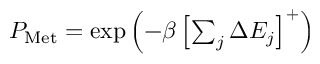
\begin{array} { r } { P _ { \mathrm { M e t } } = \exp \left( - \beta \left[ \sum _ { j } \Delta E _ { j } \right] ^ { + } \right) } \end{array}